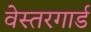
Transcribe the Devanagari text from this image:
वेस्तरगार्ड